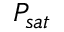
P _ { s a t }